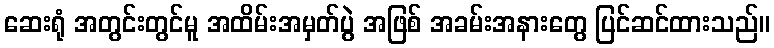
ဆေးရုံ အတွင်းတွင်မူ အထိမ်းအမှတ်ပွဲ အဖြစ် အခမ်းအနားတွေ ပြင်ဆင်ထားသည်။